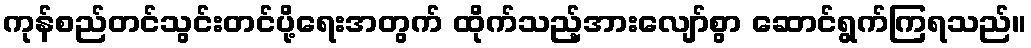
ကုန်စည်တင်သွင်းတင်ပို့ရေးအတွက် ထိုက်သည့်အားလျော်စွာ ဆောင်ရွက်ကြရသည်။